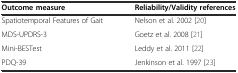
<table><thead><tr><td><b>Outcome measure</b></td><td><b>Reliability/Validity references</b></td></tr></thead><tbody><tr><td>Spatiotemporal Features of Gait</td><td>Nelson et al. 2002 [20]</td></tr><tr><td>MDS-UPDRS-3</td><td>Goetz et al. 2008 [21]</td></tr><tr><td>Mini-BESTest</td><td>Leddy et al. 2011 [22]</td></tr><tr><td>PDQ-39</td><td>Jenkinson et al. 1997 [23]</td></tr></tbody></table>